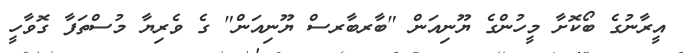
އީރާނުގެ ބޯކޮށާ މީހުންގެ ޔޫނިއަން "ބާރބާރސް ޔޫނިއަން" ގެ ވެރިޔާ މުސްތަފާ ގޮވާހީ